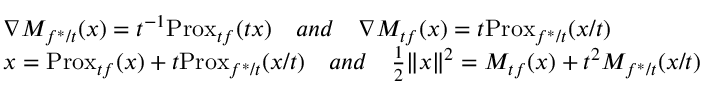
\begin{array} { r l } & { \nabla M _ { f ^ { * } / t } ( x ) = t ^ { - 1 } \mathrm { P r o x } _ { t f } ( t x ) \quad a n d \quad \nabla M _ { t f } ( x ) = t \mathrm { P r o x } _ { f ^ { * } / t } ( x / t ) } \\ & { x = \mathrm { P r o x } _ { t f } ( x ) + t \mathrm { P r o x } _ { f ^ { * } / t } ( x / t ) \quad a n d \quad \frac { 1 } { 2 } \| x \| ^ { 2 } = M _ { t f } ( x ) + t ^ { 2 } M _ { f ^ { * } / t } ( x / t ) } \end{array}